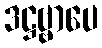
ဒဋ္ဌဗ္ဗာပေ